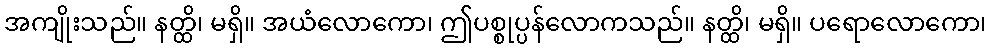
အကျိုးသည်။ နတ္ထိ၊ မရှိ။ အယံလောကော၊ ဤပစ္စုပ္ပန်လောကသည်။ နတ္ထိ၊ မရှိ။ ပရောလောကော၊